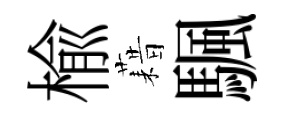
楡藉颿